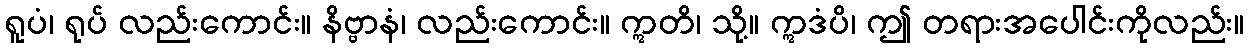
ရူပံ၊ ရုပ် လည်းကောင်း။ နိဗ္ဗာနံ၊ လည်းကောင်း။ ဣတိ၊ သို့။ ဣဒံပိ၊ ဤ တရားအပေါင်းကိုလည်း။